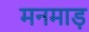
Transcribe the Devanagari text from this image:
मनमाड़